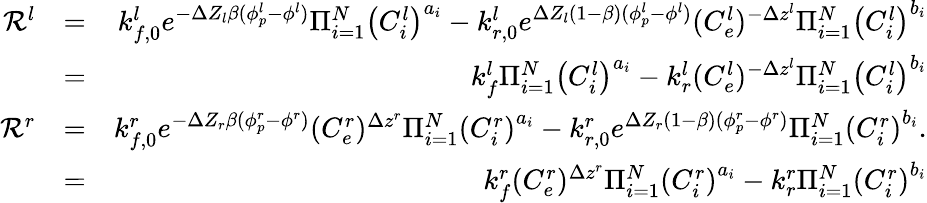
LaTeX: \begin{array}{rlr}{\mathcal{R}^{l}}&{=}&{k_{f,0}^{l}e^{-\Delta Z_{l}\beta(\phi_{p}^{l}-\phi^{l})}\Pi_{i=1}^{N}\left(C_{i}^{l}\right)^{a_{i}}-k_{r,0}^{l}e^{\Delta Z_{l}(1-\beta)(\phi_{p}^{l}-\phi^{l})}(C_{e}^{l})^{-\Delta z^{l}}\Pi_{i=1}^{N}\left(C_{i}^{l}\right)^{b_{i}}}\\ &{=}&{k_{f}^{l}\Pi_{i=1}^{N}\left(C_{i}^{l}\right)^{a_{i}}-k_{r}^{l}(C_{e}^{l})^{-\Delta z^{l}}\Pi_{i=1}^{N}\left(C_{i}^{l}\right)^{b_{i}}}\\ {\mathcal{R}^{r}}&{=}&{k_{f,0}^{r}e^{-\Delta Z_{r}\beta(\phi_{p}^{r}-\phi^{r})}(C_{e}^{r})^{\Delta z^{r}}\Pi_{i=1}^{N}\left(C_{i}^{r}\right)^{a_{i}}-k_{r,0}^{r}e^{\Delta Z_{r}(1-\beta)(\phi_{p}^{r}-\phi^{r})}\Pi_{i=1}^{N}\left(C_{i}^{r}\right)^{b_{i}}.}\\ &{=}&{k_{f}^{r}(C_{e}^{r})^{\Delta z^{r}}\Pi_{i=1}^{N}\left(C_{i}^{r}\right)^{a_{i}}-k_{r}^{r}\Pi_{i=1}^{N}\left(C_{i}^{r}\right)^{b_{i}}}\end{array}